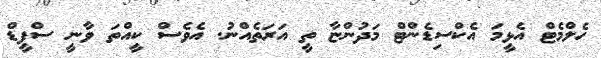
ހެލްމެޓް އެޅީމަ އެކްސިޑެންޓް މަދުންޏާ ތީ އަރަތެއްނު. އެވެސް ކީއްތަ ވާނީ ސްޕީޑް